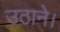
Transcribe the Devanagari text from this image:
उठाने।